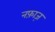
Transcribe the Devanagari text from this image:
नफ़ाज़